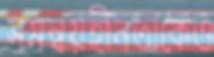
সমন্বয়হীনতাকেও